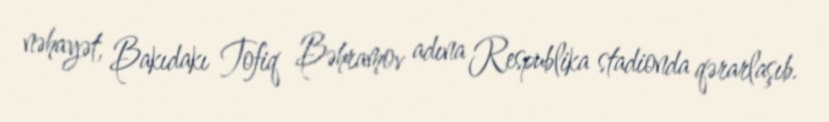
nəhayət, Bakıdakı Tofiq Bəhramov adına Respublika stadionda qərarlaşıb.